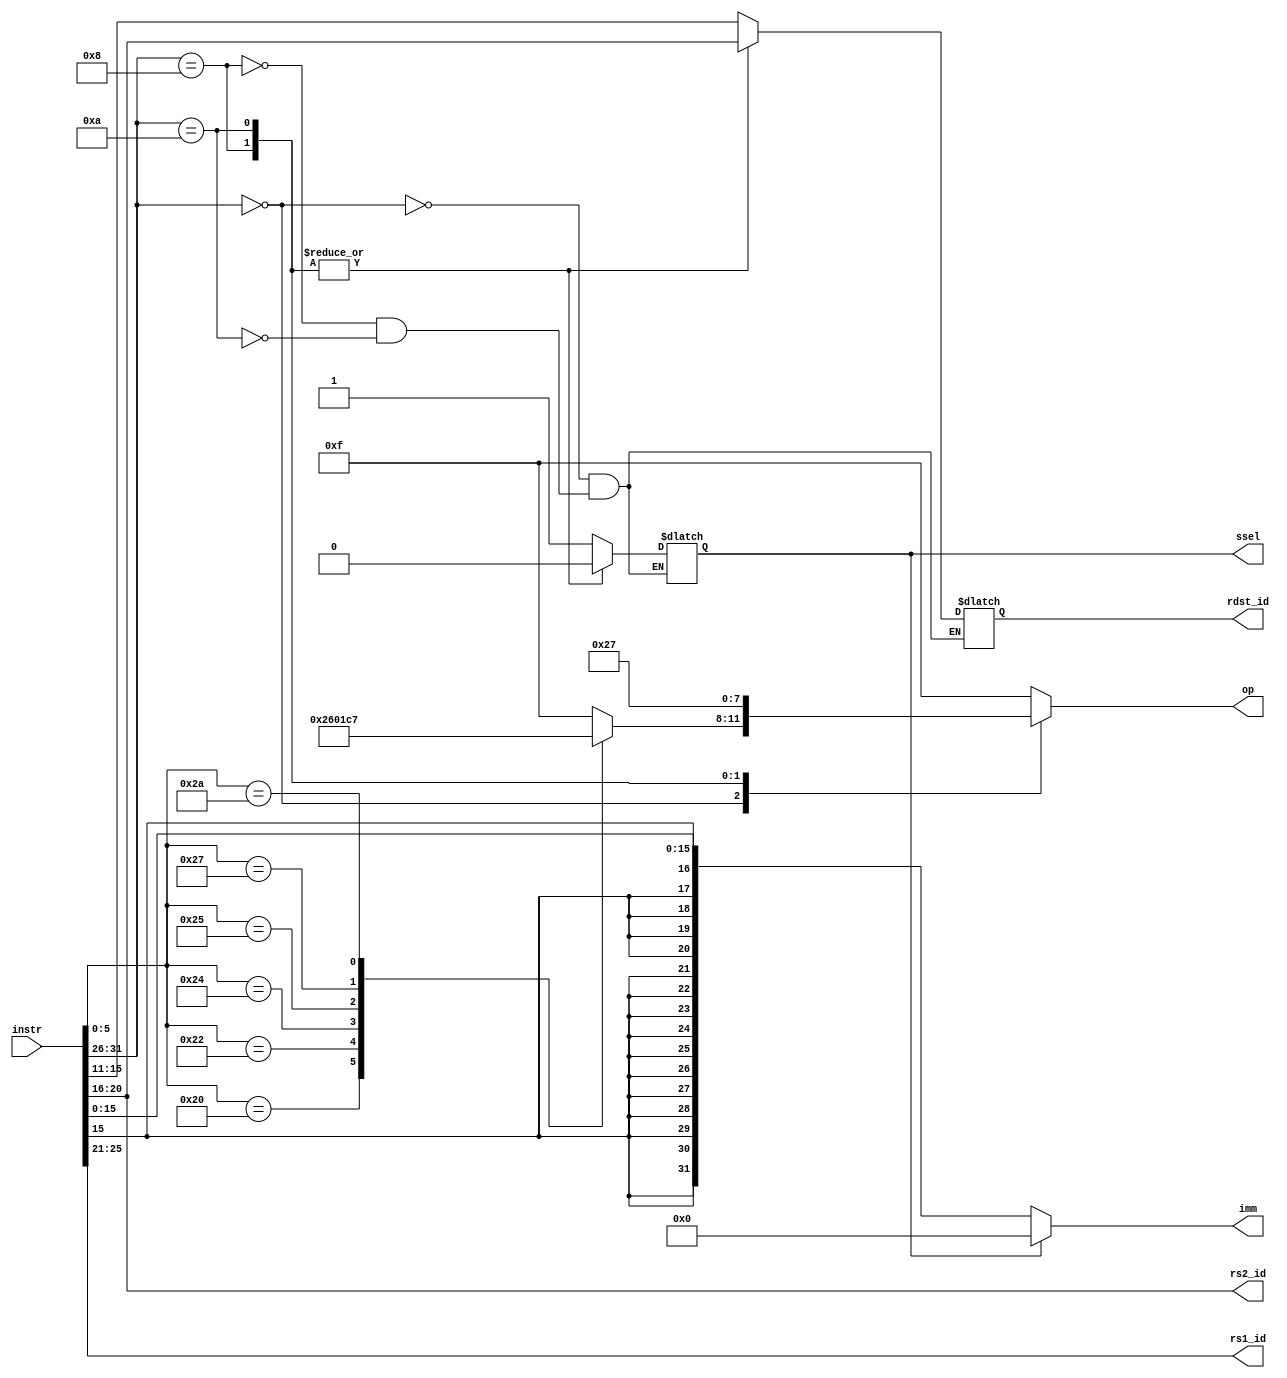
module decode #(parameter DWIDTH = 32)
(
    input [DWIDTH-1:0]  instr,   // Input instruction.

    output reg [3 : 0]      op,      // Operation code for the ALU.
    output reg              ssel,    // Select the signal for either the immediate value or rs2.

    output reg [DWIDTH-1:0] imm,     // The immediate value (if used).
    output reg [4 : 0]      rs1_id,  // register ID for rs.
    output reg [4 : 0]      rs2_id,  // register ID for rt (if used).
    output reg [4 : 0]      rdst_id // register ID for rd or rt (if used).
);

/***************************************************************************************
    ---------------------------------------------------------------------------------
    | R_type |    |   opcode   |   rs   |   rt   |   rd   |   shamt   |    funct    |
    ---------------------------------------------------------------------------------
    | I_type |    |   opcode   |   rs   |   rt   |             immediate            |
    ---------------------------------------------------------------------------------
    | J_type |    |   opcode   |                     address                        |
    ---------------------------------------------------------------------------------
                   31        26 25    21 20    16 15    11 10        6 5           0
 ***************************************************************************************/

    localparam [3:0] OP_AND = 4'b0000,
                     OP_OR  = 4'b0001,
                     OP_ADD = 4'b0010,
                     OP_SUB = 4'b0110,
                     OP_NOR = 4'b1100,
                     OP_SLT = 4'b0111,
                     OP_NOT_DEFINED = 4'b1111;

    wire [5:0] opcode, funct;
    wire [4:0] rs, rt, rd, shamt;
    wire [15:0] immediate;
    wire [25:0] address;

    assign { opcode, address } = instr;
    assign { rs, rt, immediate } = address;
    assign { rd, shamt, funct } = immediate;

    // assign { opcode, rs, rt, rd, shamt, funct } = instr;
    // assign immediate = ssel ? 0 : instr[15:0];
    // assign address = instr[25:0];

    assign rs1_id = rs;
    assign rs2_id = rt;
    assign imm = ssel ? 0 : { {16{ immediate[15] }},  immediate };

    always @ (*) begin
        casez (opcode)
            6'h0: begin
                rdst_id = rd;
                ssel = 1;
                casez (funct)
                    6'h20: begin // add
                        op = OP_ADD;
                    end
                    6'h22: begin // sub
                        op = OP_SUB;
                    end
                    6'h24: begin // and
                        op = OP_AND;
                    end
                    6'h25: begin // or
                        op = OP_OR;
                    end
                    6'h27: begin // nor
                        op = OP_NOR;
                    end
                    6'h2a: begin // slt
                        op = OP_SLT;
                    end
                    default: begin
                        op = OP_NOT_DEFINED;
                    end
                endcase
            end
            6'h8: begin // addi
                rdst_id = rt;
                ssel = 0;
                op = OP_ADD;
            end
            6'hA: begin // slti
                rdst_id = rt;
                ssel = 0;
                op = OP_SLT;
            end
            default: begin
                op = OP_NOT_DEFINED;
            end
        endcase
    end

endmodule